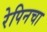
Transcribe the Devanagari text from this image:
रेपिनचा